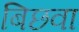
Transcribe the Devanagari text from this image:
बिछवा